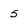
Character: 5